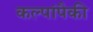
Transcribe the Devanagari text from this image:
कल्पांपैकी